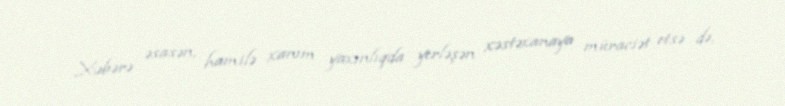
Xəbərə əsasən, hamilə xanım yaxınlıqda yerləşən xəstəxanaya müraciət etsə də,